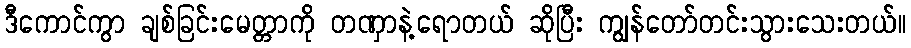
ဒီကောင်ကွာ ချစ်ခြင်းမေတ္တာကို တဏှာနဲ့ရောတယ် ဆိုပြီး ကျွန်တော်တင်းသွားသေးတယ်။